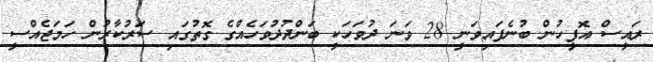
ރައީސް އޮފީހުން ބުނެފައިވަނީ 28 ވަނަ ދުވަހަކީ ބަންދުދުވަހެއްގެ ގޮތުގައި ސަރުކާރުން ހަމަޖެއްސީ